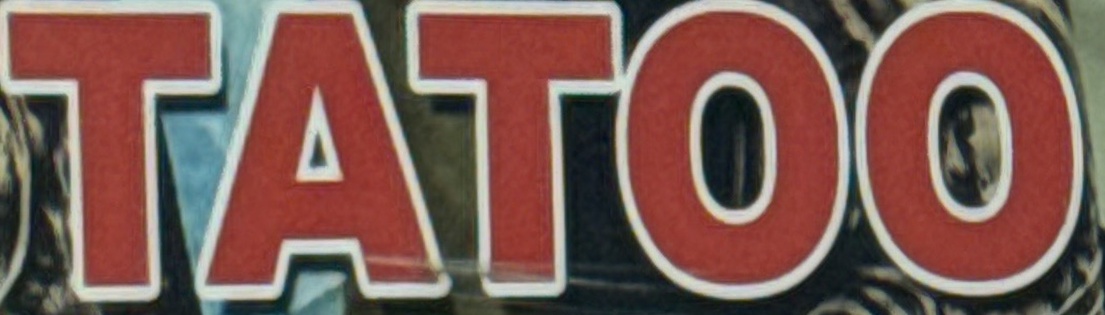
TATOO